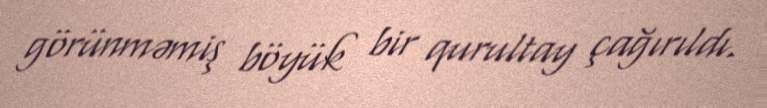
görünməmiş böyük bir qurultay çağırıldı.